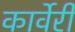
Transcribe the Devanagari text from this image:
कार्वेरी